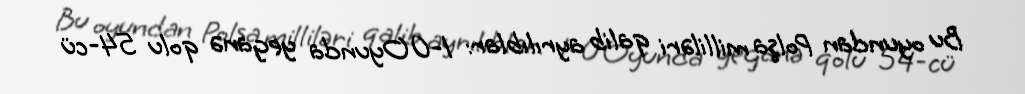
Bu oyundan Polşa milliləri qalib ayrılıblar: 1-0 Oyunda yeganə qolu 54-cü